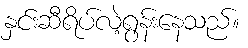
နှင်းဆီရိပ်လဲ့ရွန်းနေသည်။